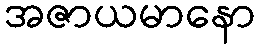
အဇာယမာနော